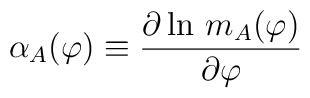
\alpha_A (\varphi) \equiv {\partial\ln\, m_A(\varphi)\over \partial\varphi}